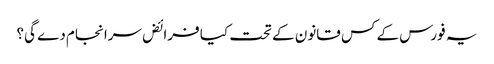
یہ فورس کے کس قانون کے تحت کیا فرائض سرانجام دے گی؟